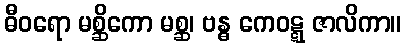
ဓီဝရော မစ္ဆိကော မစ္ဆ၊ ဗန္ဓ ကေဝဋ္ဋ ဇာလိကာ။